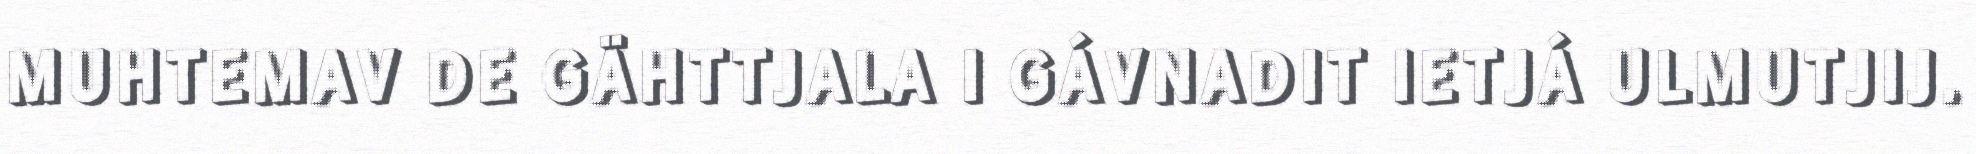
MUHTEMAV DE GÄHTTJALA I GÁVNADIT IETJÁ ULMUTJIJ.